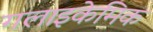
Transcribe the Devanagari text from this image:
गलाइकेमिक